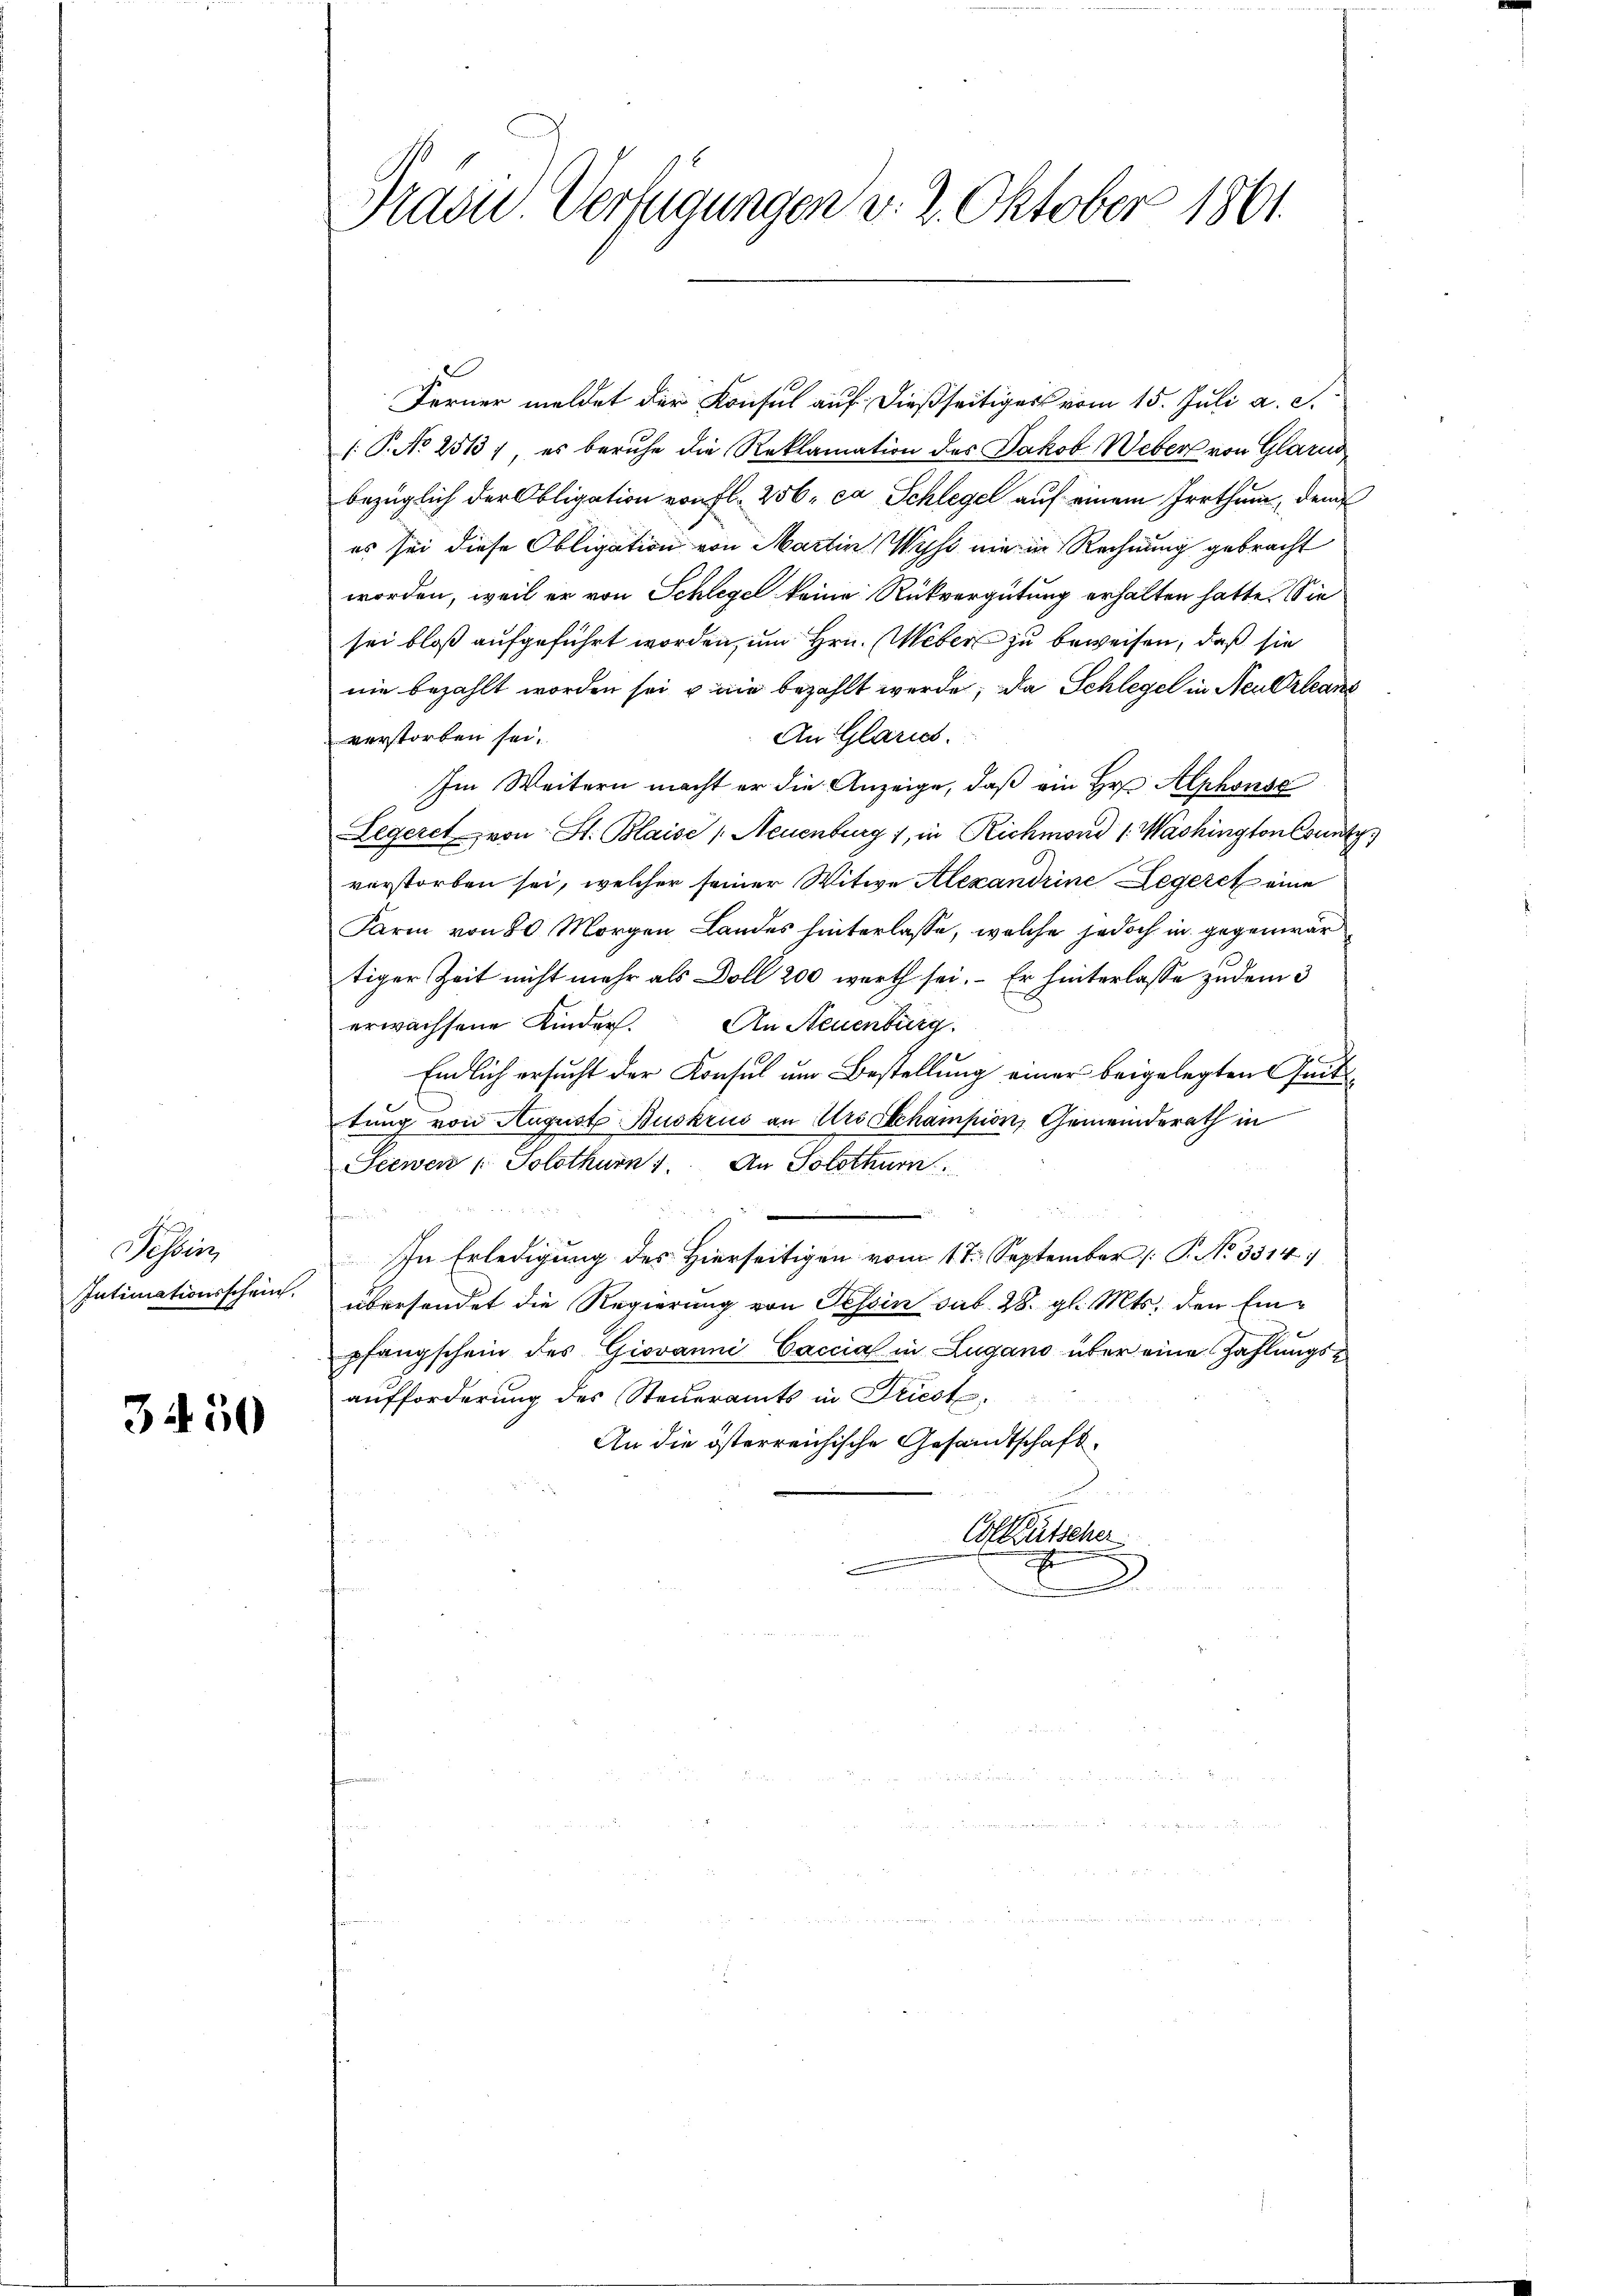
Tessin
Intimationsschein.

3450

Präsid. Verfügungen d. 2. Oktober 1861

Ferner meldet der Konsul auf dießseitigers vom 15. Juli a. S.
( P. No 2513), es beruhe die Reklamation des Jakob Weber von Glarus
bezüglich der Obligation von fl. 256, ca Schlegel auf einem Irrthum, dem
es sei diese Obligation von Martin Wyss nie in Rechnung gebracht
worden, weil er von Schlegel keine Rückvergütung erhalten hatte. Sie
sei bloß aufgeführt worden, um Hrn. Weber zu beweisen, daß sie
nie bezahlt worden sei u die bezahlt werde; da Schlegel in Neuerlan
verstorben sei.
An Glarich.
Im Weitern macht er die Anzeige, daß ein Hr. Alphons
Legeret von St. Blaise (Neuenburg, in Richmond (Washington County
verstorben sei, welcher seiner Witwe Alexandrine Legeret eine
Farm von 80 Morgen Landes hinterlasse, welche jedoch in gegenwär
tiger Zeit nicht mehr als Doll 200 werth sei. - Er hinterlasse zudem 3
erwachsene Kinder. An Neuenburg
J
Endlich ersucht der Konsul um Bestellung einer beigelegten Zeit
tung von August Buskrus an Urstchampion, Gemeinderath in
Seewen , Solothurn 1. An Solothurn
In Erledigung des Hierseitigen vom 17. September /: P. No 3314
übersendet die Regierung von Tessin sub. 28. gl. Mts. den Einpfangschein des Giovanni Caccial in Zugano über eine Zahlungsaufforderung des Steueramts in Triest,
An die österreichische Gesandtschaft¬
Colkutscher